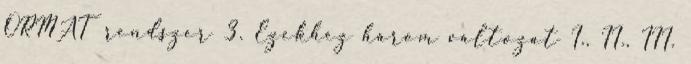
ORMAT rendszer 3. Ezekhez három változat I., II., III.